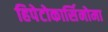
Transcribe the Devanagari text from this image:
हिपेटोकार्सिनोमा